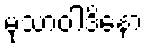
မုသာဝါဒိနော